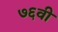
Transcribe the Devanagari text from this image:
७६वी